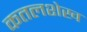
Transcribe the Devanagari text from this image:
कतलशेख